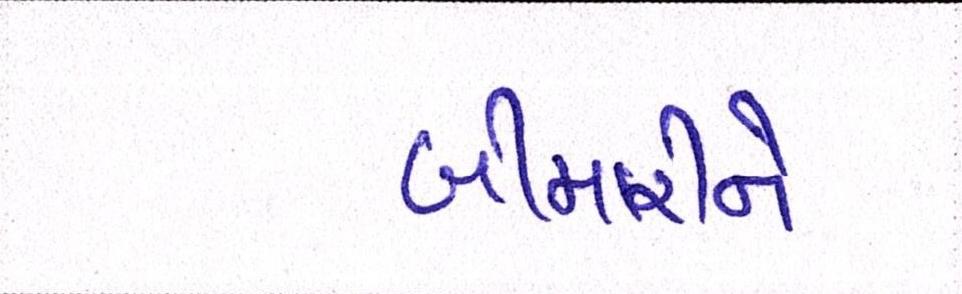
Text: બીમારીને